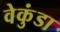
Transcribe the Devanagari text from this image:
वेकुंडा